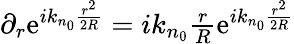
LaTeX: \begin{array}{r}{\partial_{r}\mathrm{e}^{ik_{n_{0}}\frac{r^{2}}{2R}}=ik_{n_{0}}\frac{r}{R}\mathrm{e}^{ik_{n_{0}}\frac{r^{2}}{2R}}}\end{array}